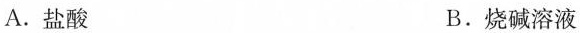
A.盐酸 B.烧碱溶液